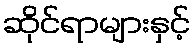
ဆိုင်ရာများနှင့်